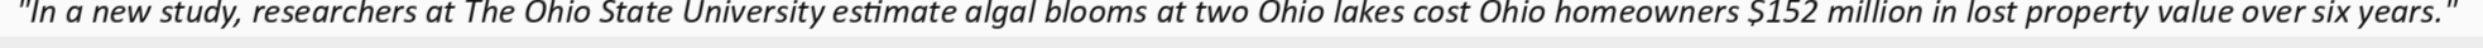
"In a new study, researchers at The Ohio State University estimate algal blooms at two Ohio lakes cost Ohio homeowners $152 million in lost property value over six years."